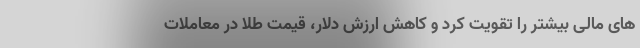
های مالی بیشتر را تقویت کرد و کاهش ارزش دلار، قیمت طلا در معاملات